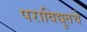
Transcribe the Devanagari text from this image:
पराविद्युतचे